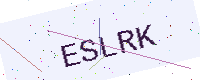
Text: ESLRK